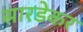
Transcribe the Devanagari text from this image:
सारडेकर